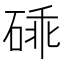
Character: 䂷